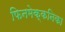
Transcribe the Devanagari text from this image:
फिनमेक्कनिका